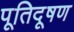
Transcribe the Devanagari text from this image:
पूतिदूषण